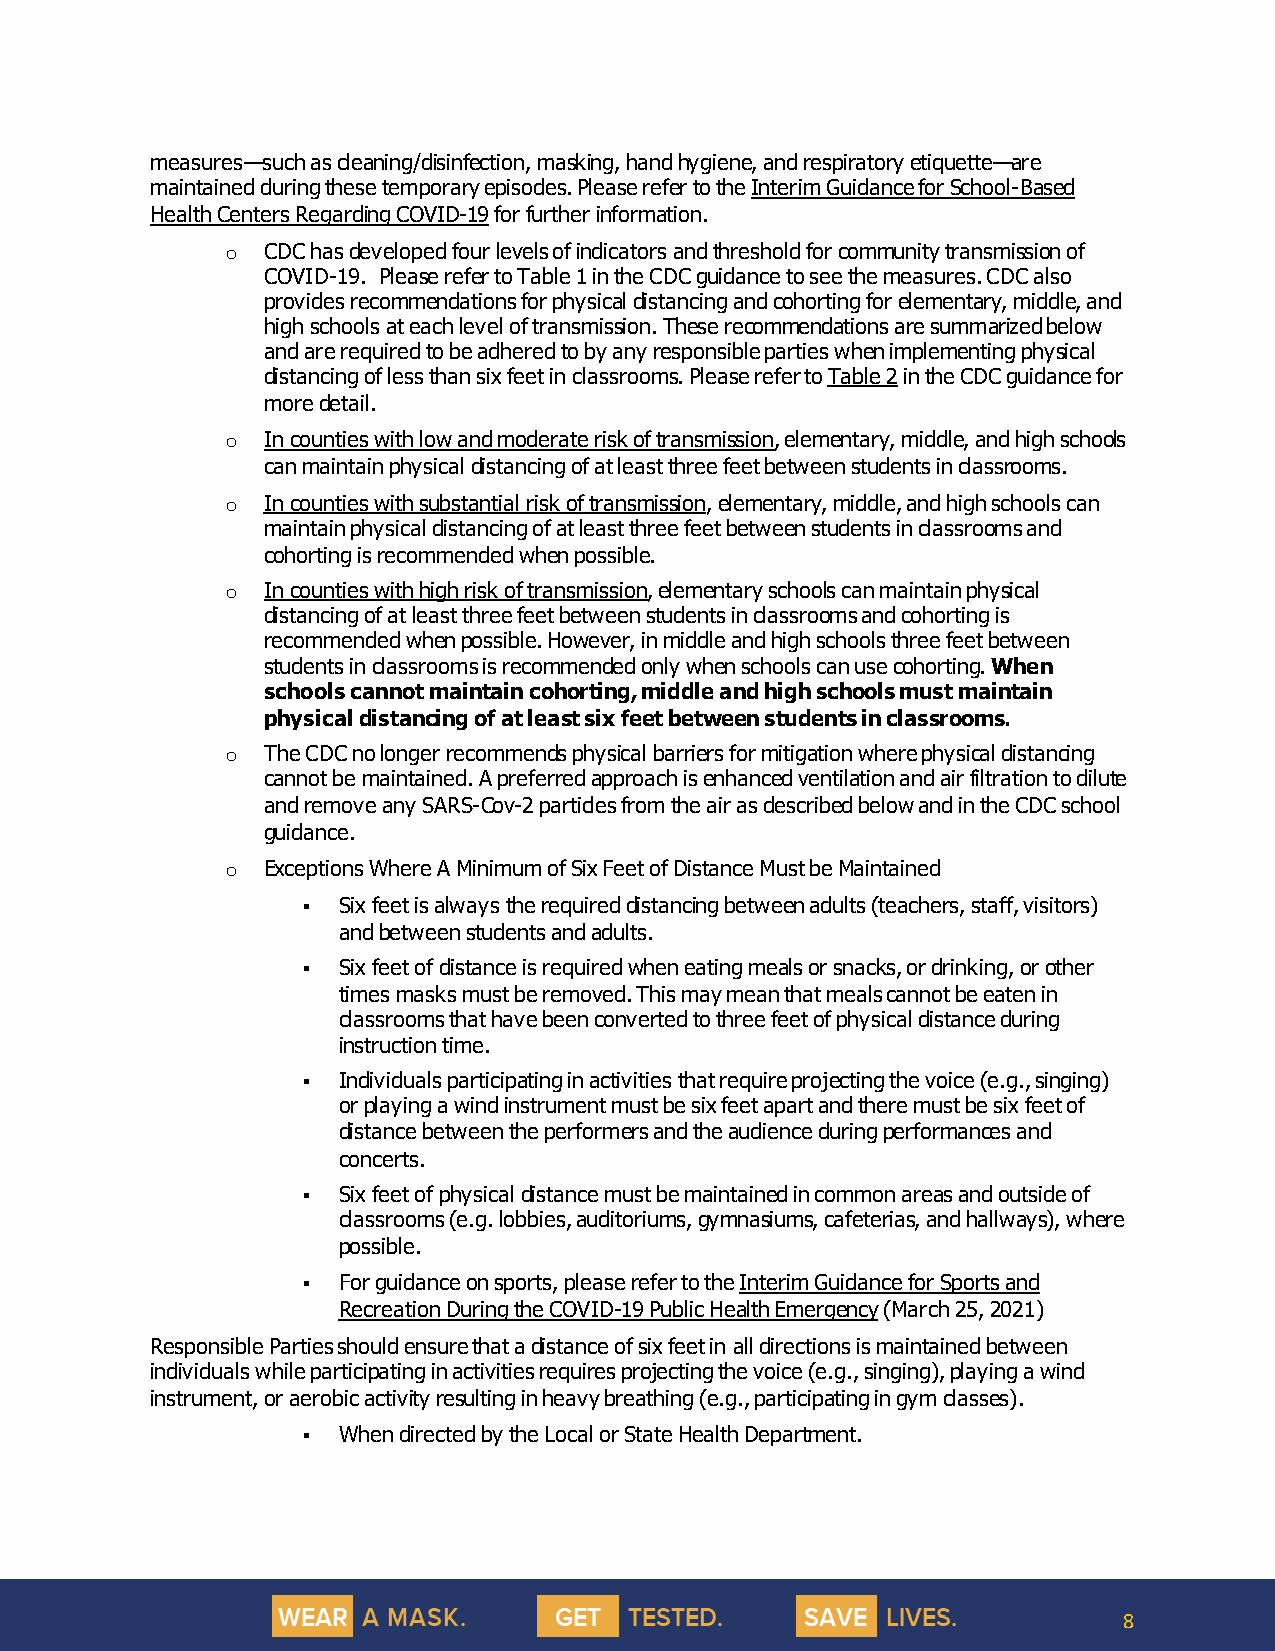
measures—such as cleaning/disinfection, masking, hand hygiene, and respiratory etiquette—are
 maintained during these temporary episodes. Please refer to the Interim Guidance for School-Based
 Health Centers Regarding COVID-19 for further information.
 o CDC has developed four levels of indicators and threshold for community transmission of
 COVID-19. Please refer to Table 1 in the CDC guidance to see the measures. CDC also
 provides recommendations for physical distancing and cohorting for elementary, middle, and
 high schools at each level of transmission. These recommendations are summarized below
 and are required to be adhered to by any responsible parties when implementing physical
 distancing of less than six feet in classrooms. Please refer to Table 2 in the CDC guidance for
 more detail.
 o In counties with low and moderate risk of transmission, elementary, middle, and high schools
 can maintain physical distancing of at least three feet between students in classrooms.
 o In counties with substantial risk of transmission, elementary, middle, and high schools can
 maintain physical distancing of at least three feet between students in classrooms and
 cohorting is recommended when possible.
 o In counties with high risk of transmission, elementary schools can maintain physical
 distancing of at least three feet between students in classrooms and cohorting is
 recommended when possible. However, in middle and high schools three feet between
 students in classrooms is recommended only when schools can use cohorting. When
 schools cannot maintain cohorting, middle and high schools must maintain
 physical distancing of at least six feet between students in classrooms.
 o The CDC no longer recommends physical barriers for mitigation where physical distancing
 cannot be maintained. A preferred approach is enhanced ventilation and air filtration to dilute
 and remove any SARS-Cov-2 particles from the air as described below and in the CDC school
 guidance.
 o Exceptions Where A Minimum of Six Feet of Distance Must be Maintained
 ▪ Six feet is always the required distancing between adults (teachers, staff, visitors)
 and between students and adults.
 ▪ Six feet of distance is required when eating meals or snacks, or drinking, or other
 times masks must be removed. This may mean that meals cannot be eaten in
 classrooms that have been converted to three feet of physical distance during
 instruction time.
 ▪ Individuals participating in activities that require projecting the voice (e.g., singing)
 or playing a wind instrument must be six feet apart and there must be six feet of
 distance between the performers and the audience during performances and
 concerts.
 ▪ Six feet of physical distance must be maintained in common areas and outside of
 classrooms (e.g. lobbies, auditoriums, gymnasiums, cafeterias, and hallways), where
 possible.
 ▪ For guidance on sports, please refer to the Interim Guidance for Sports and
 Recreation During the COVID-19 Public Health Emergency (March 25, 2021)
 Responsible Parties should ensure that a distance of six feet in all directions is maintained between
 individuals while participating in activities requires projecting the voice (e.g., singing), playing a wind
 instrument, or aerobic activity resulting in heavy breathing (e.g., participating in gym classes).
 ▪ When directed by the Local or State Health Department.
 8